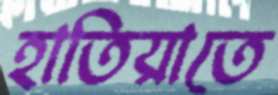
হাতিয়াতে